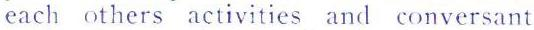
each others activities and conversant